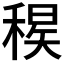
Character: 𥠝